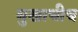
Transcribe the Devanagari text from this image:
मुखाचीच